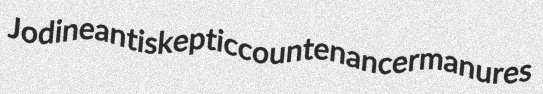
Jodine antiskeptic countenancer manures